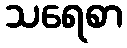
သရေစာ